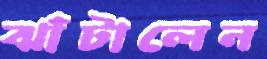
ঝাঁটালেন